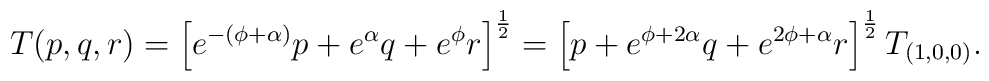
T(p, q, r)  = \left[e^{-(\phi + \alpha)} p + e^{\alpha} q                + e^{\phi} r \right]^{1\over 2}            = \left[ p + e^{\phi +                 2\alpha} q + e^{2\phi + \alpha} r \right]^{1\over 2}                T_{(1, 0, 0)}.